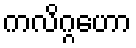
ကလိဂ္ဂဟော